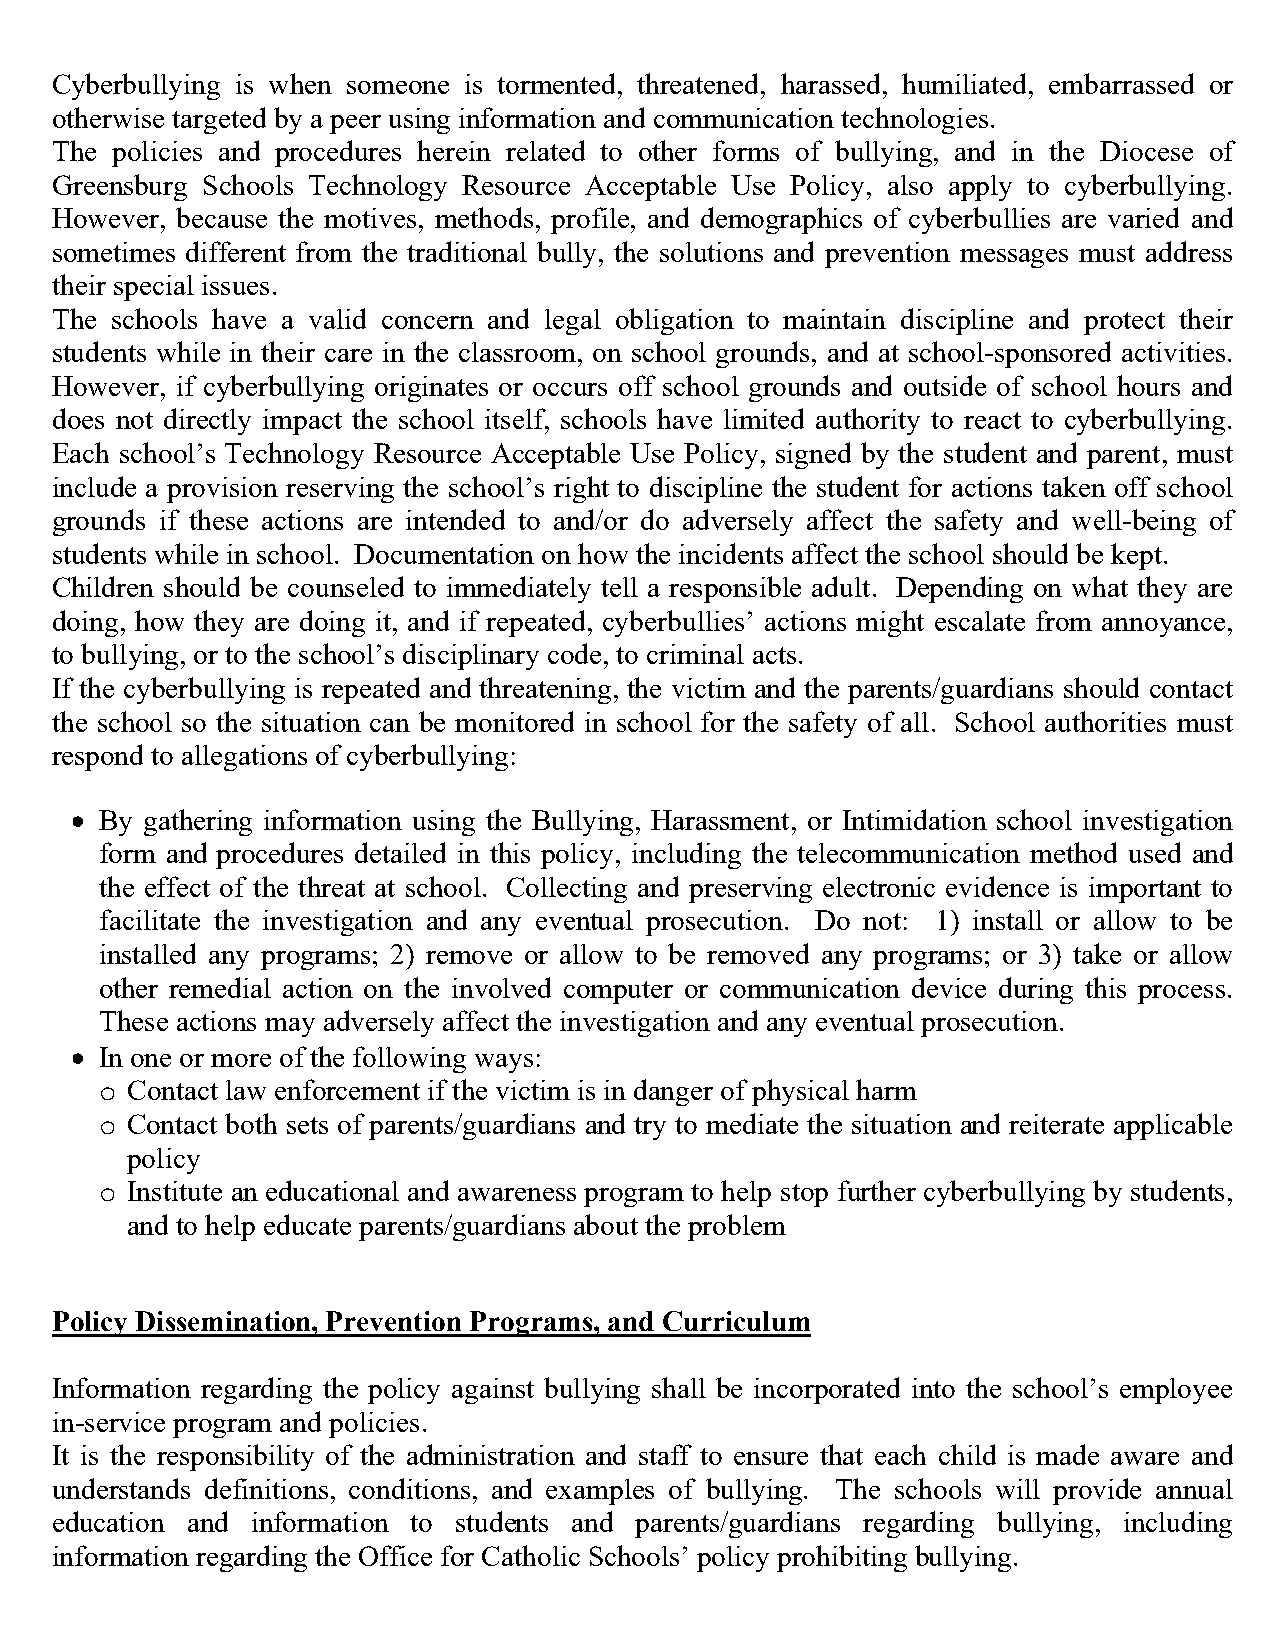
Cyberbullying is when someone is tormented, threatened, harassed, humiliated, embarrassed or
 otherwise targeted by a peer using information and communication technologies.
 The policies and procedures herein related to other forms of bullying, and in the Diocese of
 Greensburg Schools Technology Resource Acceptable Use Policy, also apply to cyberbullying.
 However, because the motives, methods, profile, and demographics of cyberbullies are varied and
 sometimes different from the traditional bully, the solutions and prevention messages must address
 their special issues.
 The schools have a valid concern and legal obligation to maintain discipline and protect their
 students while in their care in the classroom, on school grounds, and at school-sponsored activities.
 However, if cyberbullying originates or occurs off school grounds and outside of school hours and
 does not directly impact the school itself, schools have limited authority to react to cyberbullying.
 Each school’s Technology Resource Acceptable Use Policy, signed by the student and parent, must
 include a provision reserving the school’s right to discipline the student for actions taken off school
 grounds if these actions are intended to and/or do adversely affect the safety and well-being of
 students while in school. Documentation on how the incidents affect the school should be kept.
 Children should be counseled to immediately tell a responsible adult. Depending on what they are
 doing, how they are doing it, and if repeated, cyberbullies’ actions might escalate from annoyance,
 to bullying, or to the school’s disciplinary code, to criminal acts.
 If the cyberbullying is repeated and threatening, the victim and the parents/guardians should contact
 the school so the situation can be monitored in school for the safety of all. School authorities must
 respond to allegations of cyberbullying:
 • By gathering information using the Bullying, Harassment, or Intimidation school investigation
 form and procedures detailed in this policy, including the telecommunication method used and
 the effect of the threat at school. Collecting and preserving electronic evidence is important to
 facilitate the investigation and any eventual prosecution. Do not: 1) install or allow to be
 installed any programs; 2) remove or allow to be removed any programs; or 3) take or allow
 other remedial action on the involved computer or communication device during this process.
 These actions may adversely affect the investigation and any eventual prosecution.
 • In one or more of the following ways:
 Contact law enforcement if the victim is in danger of physical harm
 o
 Contact both sets of parents/guardians and try to mediate the situation and reiterate applicable
 o
 policy
 Institute an educational and awareness program to help stop further cyberbullying by students,
 o
 and to help educate parents/guardians about the problem
 Policy Dissemination, Prevention Programs, and Curriculum
 Information regarding the policy against bullying shall be incorporated into the school’s employee
 in-service program and policies.
 It is the responsibility of the administration and staff to ensure that each child is made aware and
 understands definitions, conditions, and examples of bullying. The schools will provide annual
 education and information to students and parents/guardians regarding bullying, including
 information regarding the Office for Catholic Schools’ policy prohibiting bullying.